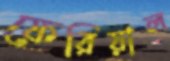
ফেরিয়াল